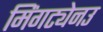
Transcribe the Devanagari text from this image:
मिंगट्येनउ